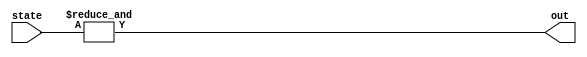
/*
   This file was generated automatically by Alchitry Labs version 1.2.7.
   Do not edit this file directly. Instead edit the original Lucid source.
   This is a temporary file and any changes made to it will be destroyed.
*/

module win_checker_8 (
    input [15:0] state,
    output reg out
  );
  
  
  
  always @* begin
    out = (&state);
  end
endmodule